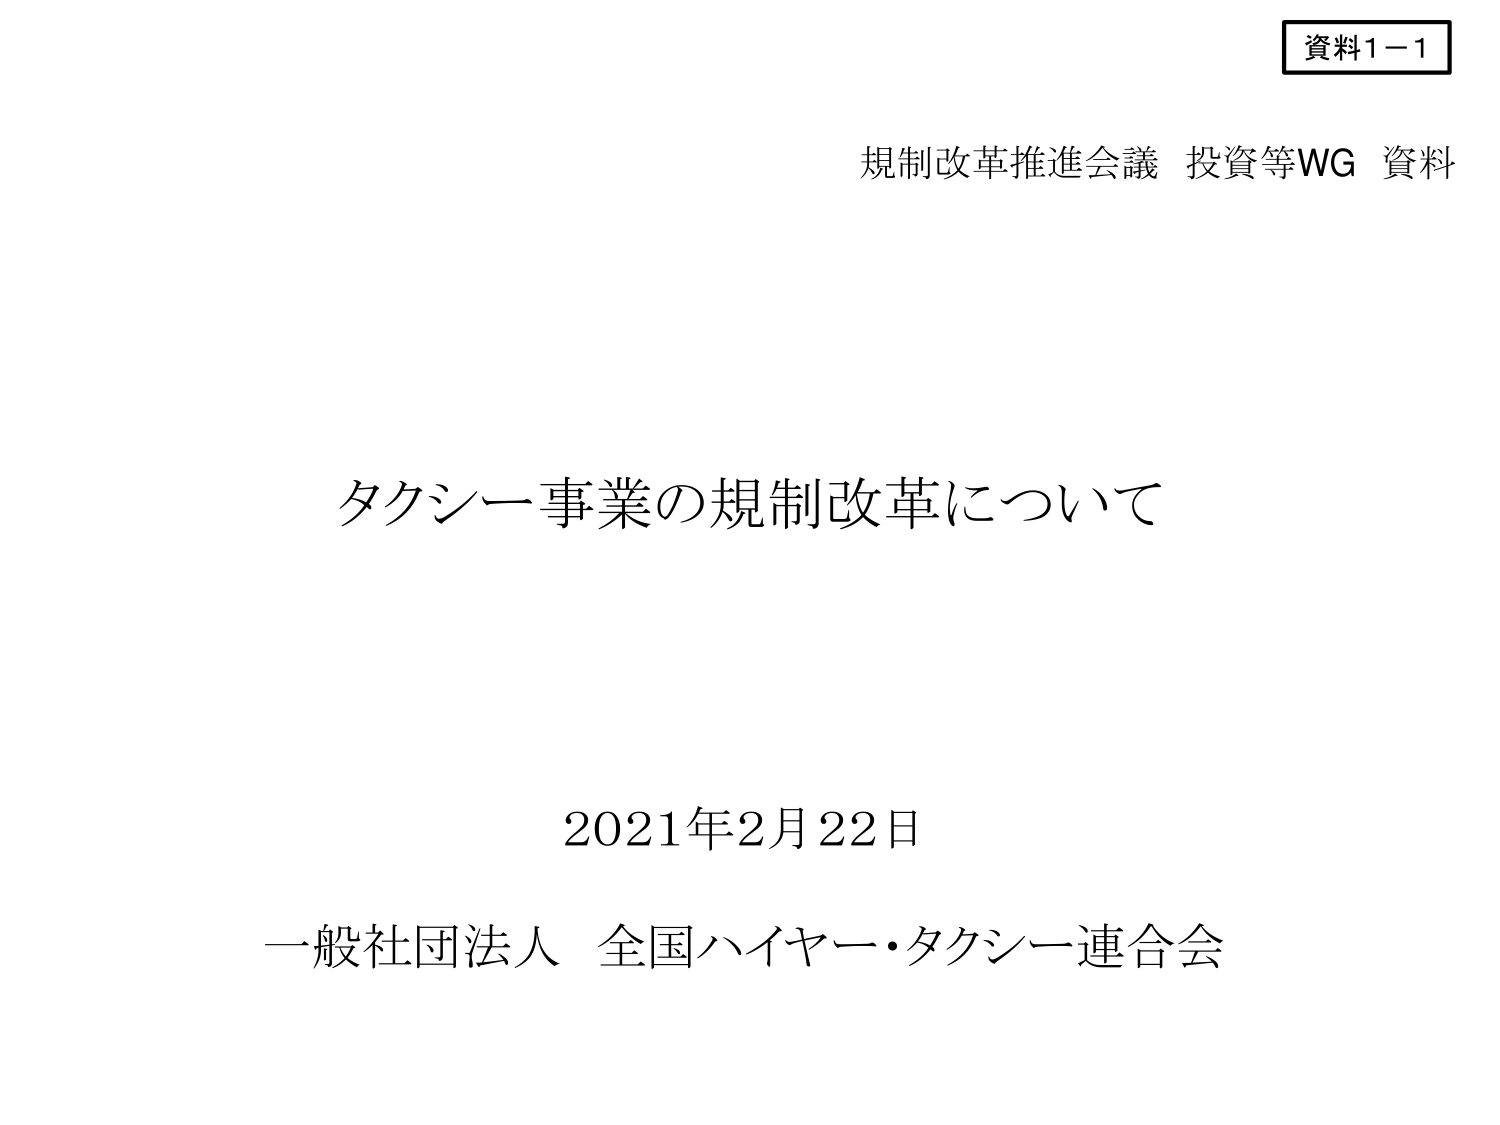
資料1－1
規制改革推進会議 投資等WG 資料
タクシー事業の規制改革について
2021年2月22日
一般社団法人 全国ハイヤー・タクシー連合会